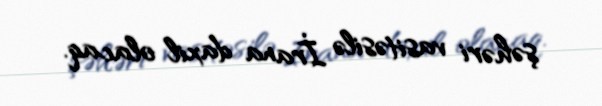
şəhəri vasitəsilə İrana daxil olacaq.